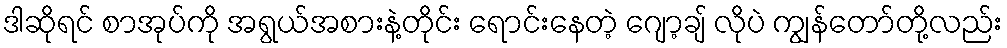
ဒါဆိုရင် စာအုပ်ကို အရွယ်အစားနဲ့တိုင်း ရောင်းနေတဲ့ ဂျော့ချ် လိုပဲ ကျွန်တော်တို့လည်း